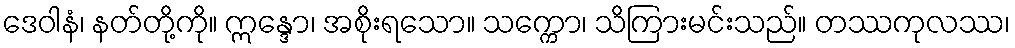
ဒေဝါနံ၊ နတ်တို့ကို။ ဣန္ဒော၊ အစိုးရသော။ သက္ကော၊ သိကြားမင်းသည်။ တဿကုလဿ၊